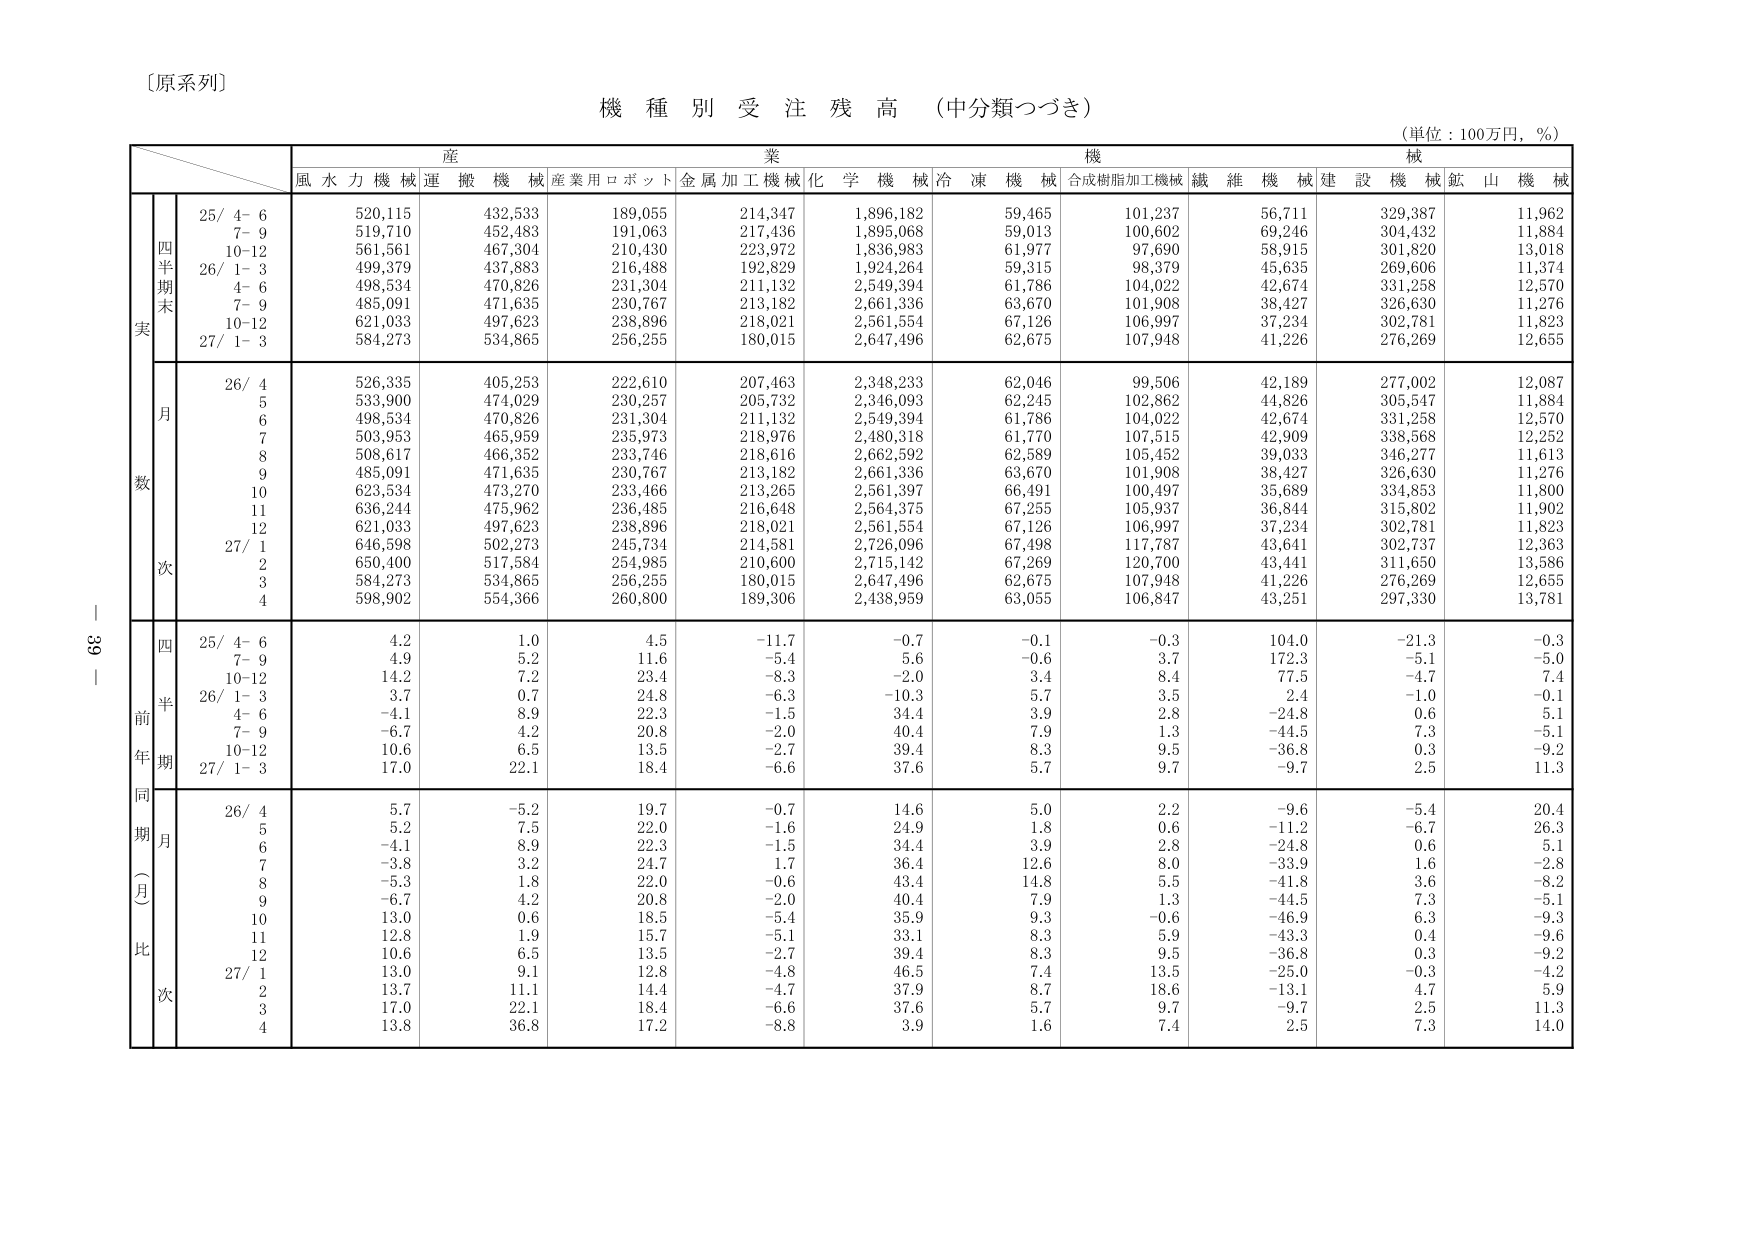
〔原系列〕
機種別受注残高（中分類つづき）
（単位：100万円，％）

産業機械
風水力機械 連搬機械 産業用ロボット 金属加工機械 化学機械 冷凍機械 合成樹脂加工機械 繊維機械 建設機械 鉱山機械

四半期末実
25/ 4- 6 520,115 432,533 189,055 214,347 1,896,182 59,465 101,237 56,711 329,387 11,962
7- 9 519,710 452,483 191,063 217,436 1,895,068 59,013 100,602 69,246 304,432 11,884
10-12 561,561 467,304 210,430 223,972 1,836,983 61,977 97,690 58,915 301,820 13,018
26/ 1- 3 499,379 437,883 216,488 192,829 1,924,264 59,315 98,379 45,635 269,606 11,374
4- 6 498,534 470,826 231,304 211,132 2,549,394 61,786 104,022 42,674 331,258 12,570
7- 9 485,091 471,635 230,767 213,182 2,661,336 63,670 101,908 38,427 326,630 11,276
10-12 621,033 497,623 238,896 218,021 2,561,554 67,126 106,997 37,234 302,781 11,823
27/ 1- 3 584,273 534,865 256,255 180,015 2,647,496 62,675 107,948 41,226 276,269 12,655

数
月
26/ 4 526,335 405,253 222,610 207,463 2,348,233 62,046 99,506 42,189 277,002 12,087
5 533,900 474,029 230,257 205,732 2,346,093 62,245 102,862 44,826 305,547 11,884
6 498,534 470,826 231,304 211,132 2,549,394 61,786 104,022 42,674 331,258 12,570
7 503,953 465,959 235,973 218,976 2,480,318 61,770 107,515 42,909 338,568 12,252
8 508,617 466,352 233,746 218,616 2,662,592 62,589 105,452 39,033 346,277 11,613
9 485,091 471,635 230,767 213,182 2,661,336 63,670 101,908 38,427 326,630 11,276
10 623,534 473,270 233,466 213,265 2,561,397 66,491 100,497 35,689 334,853 11,800
11 636,244 475,962 236,485 216,648 2,564,375 67,255 105,937 36,844 315,802 11,902
12 621,033 497,623 238,896 218,021 2,561,554 67,126 106,997 37,234 302,781 11,823
27/ 1 646,598 502,273 245,734 214,581 2,726,096 67,498 117,787 43,641 302,737 12,363
2 650,400 517,584 254,985 210,600 2,715,142 67,269 120,700 43,441 311,650 13,586
3 584,273 534,865 256,255 180,015 2,647,496 62,675 107,948 41,226 276,269 12,655
4 598,902 554,366 260,800 189,306 2,438,959 63,055 106,847 43,251 297,330 13,781

前年同期比（月次）
四半期
25/ 4- 6 4.2 1.0 4.5 -11.7 -0.7 -0.1 -0.3 104.0 -21.3 -0.3
7- 9 4.9 5.2 11.6 -5.4 5.6 -0.6 3.7 172.3 -5.1 -5.0
10-12 14.2 7.2 23.4 -8.3 -2.0 3.4 8.4 77.5 -4.7 7.4
26/ 1- 3 3.7 0.7 24.8 -6.3 -10.3 5.7 3.5 2.4 -1.0 -0.1
4- 6 -4.1 8.9 22.3 -1.5 34.4 3.9 2.8 -24.8 0.6 5.1
7- 9 -6.7 4.2 20.8 -2.0 40.4 7.9 1.3 -44.5 7.3 -5.1
10-12 10.6 6.5 13.5 -2.7 39.4 8.3 9.5 -36.8 0.3 -9.2
27/ 1- 3 17.0 22.1 18.4 -6.6 37.6 5.7 9.7 -9.7 2.5 11.3

月次
26/ 4 5.7 -5.2 19.7 -0.7 14.6 5.0 2.2 -9.6 -5.4 20.4
5 5.2 7.5 22.0 -1.6 24.9 1.8 0.6 -11.2 -6.7 26.3
6 -4.1 8.9 22.3 -1.5 34.4 3.9 2.8 -24.8 0.6 5.1
7 -3.8 3.2 24.7 1.7 36.4 12.6 8.0 -33.9 1.6 -2.8
8 -5.3 1.8 22.0 -0.6 43.4 14.8 5.5 -41.8 3.6 -8.2
9 -6.7 4.2 20.8 -2.0 40.4 7.9 1.3 -44.5 7.3 -5.1
10 13.0 0.6 18.5 -5.4 35.9 9.3 -0.6 -46.9 6.3 -9.3
11 12.8 1.9 15.7 -5.1 33.1 8.3 5.9 -43.3 0.4 -9.6
12 10.6 6.5 13.5 -2.7 39.4 8.3 9.5 -36.8 0.3 -9.2
27/ 1 13.0 9.1 12.8 -4.8 46.5 7.4 13.5 -25.0 -0.3 -4.2
2 13.7 11.1 14.4 -4.7 37.9 8.7 18.6 -13.1 4.7 5.9
3 17.0 22.1 18.4 -6.6 37.6 5.7 9.7 -9.7 2.5 11.3
4 13.8 36.8 17.2 -8.8 3.9 1.6 7.4 2.5 7.3 14.0

39